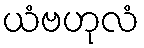
ယံဗဟုလံ